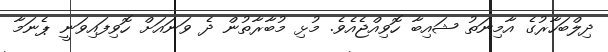
ދިލްބަހާރުގެ އާމިނަތު ޝައިބާ ހޮވިއްޖެއެވެ. މުޅި މުބާރާތުން ދެ ވަނައަށް ހޮވިފައިވަނީ ޕެނަމާ